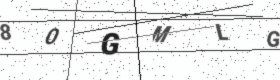
Text: 80GMLG